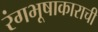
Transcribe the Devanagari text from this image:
रंगभूषाकाराची